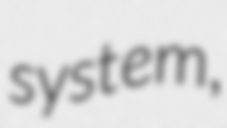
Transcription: system,